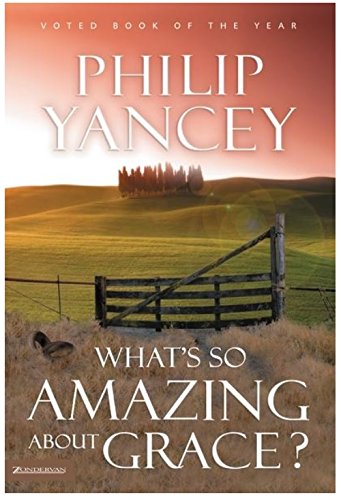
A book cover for What's So Amazing About Grace?; Philip Yancey; Christian Books & Bibles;